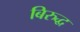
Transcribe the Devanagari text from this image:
बिरुद्ध